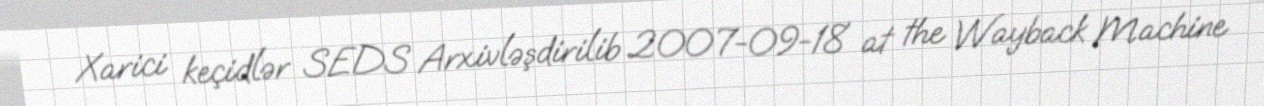
Xarici keçidlər SEDS Arxivləşdirilib 2007-09-18 at the Wayback Machine